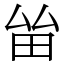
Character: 𤱊